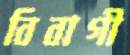
বিবাগী